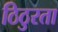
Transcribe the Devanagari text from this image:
ठिठुरता